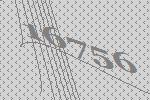
16756